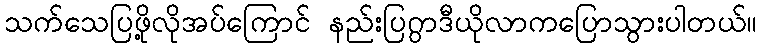
သက်သေပြဖို့လိုအပ်ကြောင် နည်းပြဂွာဒီယိုလာကပြောသွားပါတယ်။